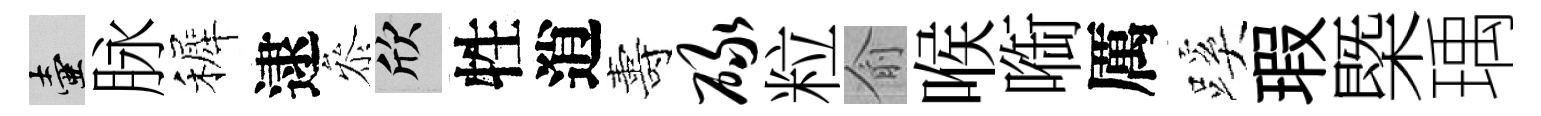
壺脉裤逮叅欣牲逍夀碌粒俞喉㗸厲蹊瑕㮣瑀